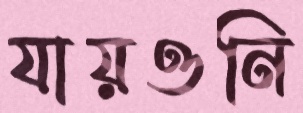
যায়ওনি